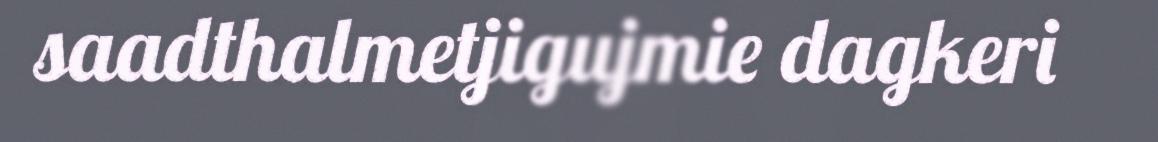
saadthalmetjigujmie dagkeri